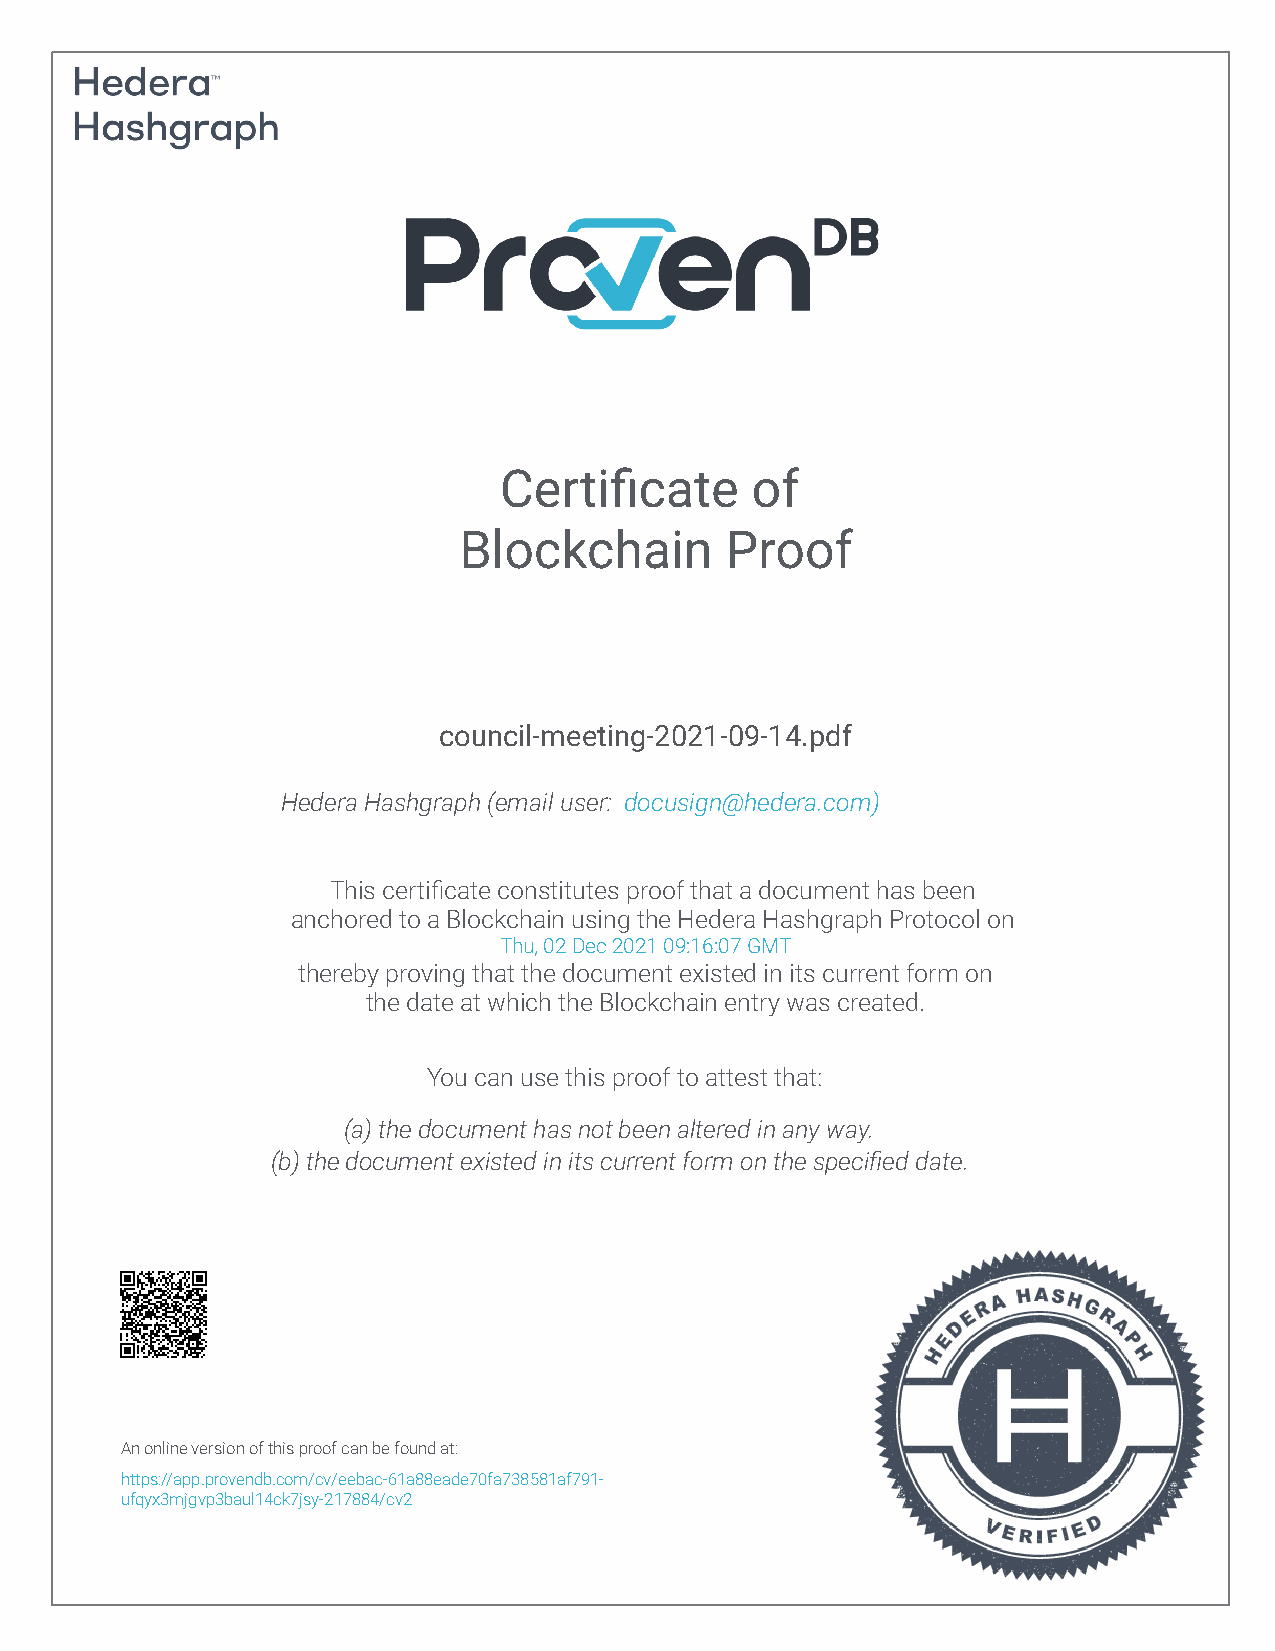
Certificate      of
 Blockchain        Proof
 council-meeting-2021-09-14.pdf
 Hedera Hashgraph (email user: docusign@hedera.com)
 This certificate constitutes proof that a document has been
 anchored to a Blockchain using the Hedera Hashgraph Protocol on
 Thu, 02 Dec 2021 09:16:07 GMT
 thereby proving that the document existed in its current form on
 the date at which the Blockchain entry was created.
 You can use this proof to attest that:
 (a) the document has not been altered in any way.
 (b) the document existed in its current form on the specified date.
 An online version of this proof can be found at:
 https://app.provendb.com/cv/eebac-61a88eade70fa738581af791-
 ufqyx3mjgvp3baul14ck7jsy-217884/cv2